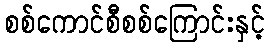
စစ်ကောင်စီစစ်ကြောင်းနှင့်